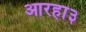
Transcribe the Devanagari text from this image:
आरहा३